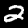
Digit: 2